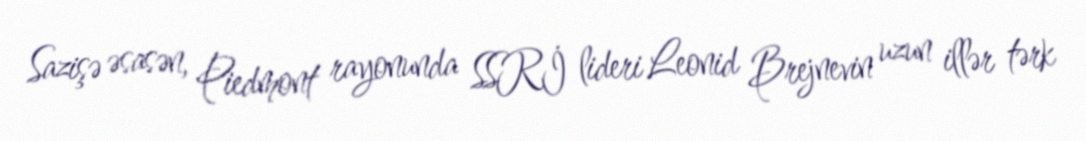
Sazişə əsasən, Piedmont rayonunda SSRİ lideri Leonid Brejnevin uzun illər tərk